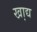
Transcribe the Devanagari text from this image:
खा़द्य